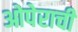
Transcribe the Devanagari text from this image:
ओपेराची